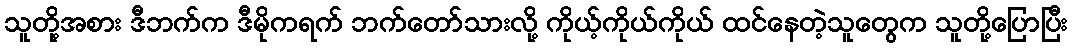
သူတို့အစား ဒီဘက်က ဒီမိုကရက် ဘက်တော်သားလို့ ကိုယ့်ကိုယ်ကိုယ် ထင်နေတဲ့သူတွေက သူတို့ပြောပြီး